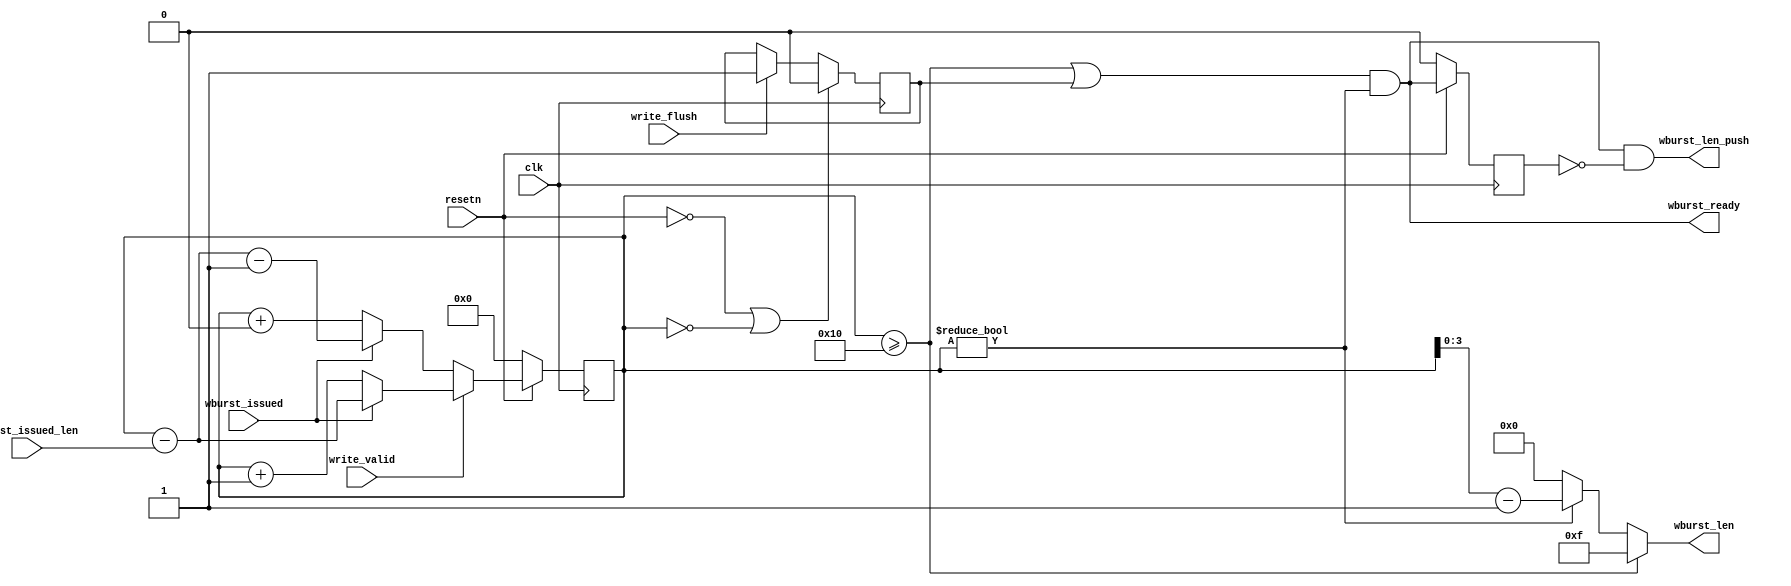
// This program was cloned from: https://github.com/VeriGOOD-ML/public
// License: Apache License 2.0

module wburst_counter #(
  parameter integer WBURST_COUNTER_LEN    = 16,
  parameter integer WBURST_LEN            = 4,
  parameter integer MAX_BURST_LEN         = 16
)(
  input  wire                             clk,
  input  wire                             resetn,
  input  wire                             write_valid,
  input  wire                             write_flush,

  output wire [WBURST_LEN-1:0]            wburst_len,
  output wire                             wburst_len_push,
  output wire                             wburst_ready,

  input  wire                             wburst_issued,
  input  wire [WBURST_LEN-1:0]            wburst_issued_len
);


  wire flush;

  reg  [WBURST_COUNTER_LEN-1:0] write_count;

  reg wr_flush_sticky;

  always @(posedge clk)
  begin
    if (resetn == 0 || write_count == 0)
      wr_flush_sticky <= 0;
    else if (write_flush)
      wr_flush_sticky <= 1;
  end

  assign flush = wr_flush_sticky && write_count!=0;

  //assign wburst_ready = ((write_count >= MAX_BURST_LEN) || wr_flush_sticky) && !wburst_ready_d && write_count != 0;
  assign wburst_ready = ((write_count >= MAX_BURST_LEN) || wr_flush_sticky) && write_count != 0;
  assign wburst_len = write_count >= MAX_BURST_LEN ? MAX_BURST_LEN - 1 :
                      write_count != 0 ? write_count - 1 : 0;
  reg wburst_ready_d;

  always @(posedge clk)
  begin
    if (resetn)
      wburst_ready_d <= wburst_ready;
    else
      wburst_ready_d <= 0;
  end

  always @(posedge clk)
  begin
    if (!resetn)
      write_count <= 0;
    else if (write_valid)
    begin
      if (wburst_issued)
        write_count <= write_count - wburst_issued_len;
      else
        write_count <= write_count + 1;
    end else begin
      if (wburst_issued)
        write_count <= write_count - wburst_issued_len - 1;
      else
        write_count <= write_count + 0;
    end
  end

  assign wburst_len_push = wburst_ready && !wburst_ready_d;

endmodule